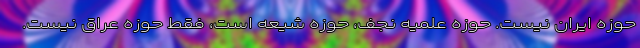
حوزه ایران نیست. حوزه علمیه نجف، حوزه شیعه است، فقط حوزه عراق نیست.